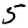
Digit: 5